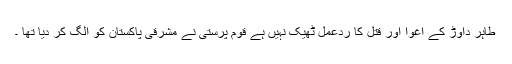
طاہر داوڑ کے اغوا اور قتل کا ردعمل ٹھیک نہیں ہے قوم پرستی نے مشرقی پاکستان کو الگ کر دیا تھا ۔